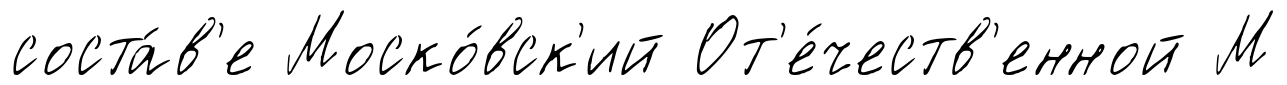
соста́в'е Моско́вск'ий От'е́честв'енной М